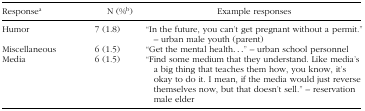
<table><thead><tr><td><b>Response<sup>a</sup></b></td><td><b>N (%<sup>b</sup>)</b></td><td><b>Example responses</b></td></tr></thead><tbody><tr><td>Humor</td><td>7 (1.8)</td><td>“In the future, you can&#x27;t get pregnant without a permit.” – urban male youth (parent)</td></tr><tr><td>Miscellaneous</td><td>6 (1.5)</td><td>“Get the mental health...” – urban school personnel</td></tr><tr><td>Media</td><td>6 (1.5)</td><td>“Find some medium that they understand. Like media&#x27;s a big thing that teaches them how, you know, it&#x27;s okay to do it. I mean, if the media would just reverse themselves now, but that doesn&#x27;t sell.” – reservation male elder</td></tr></tbody></table>